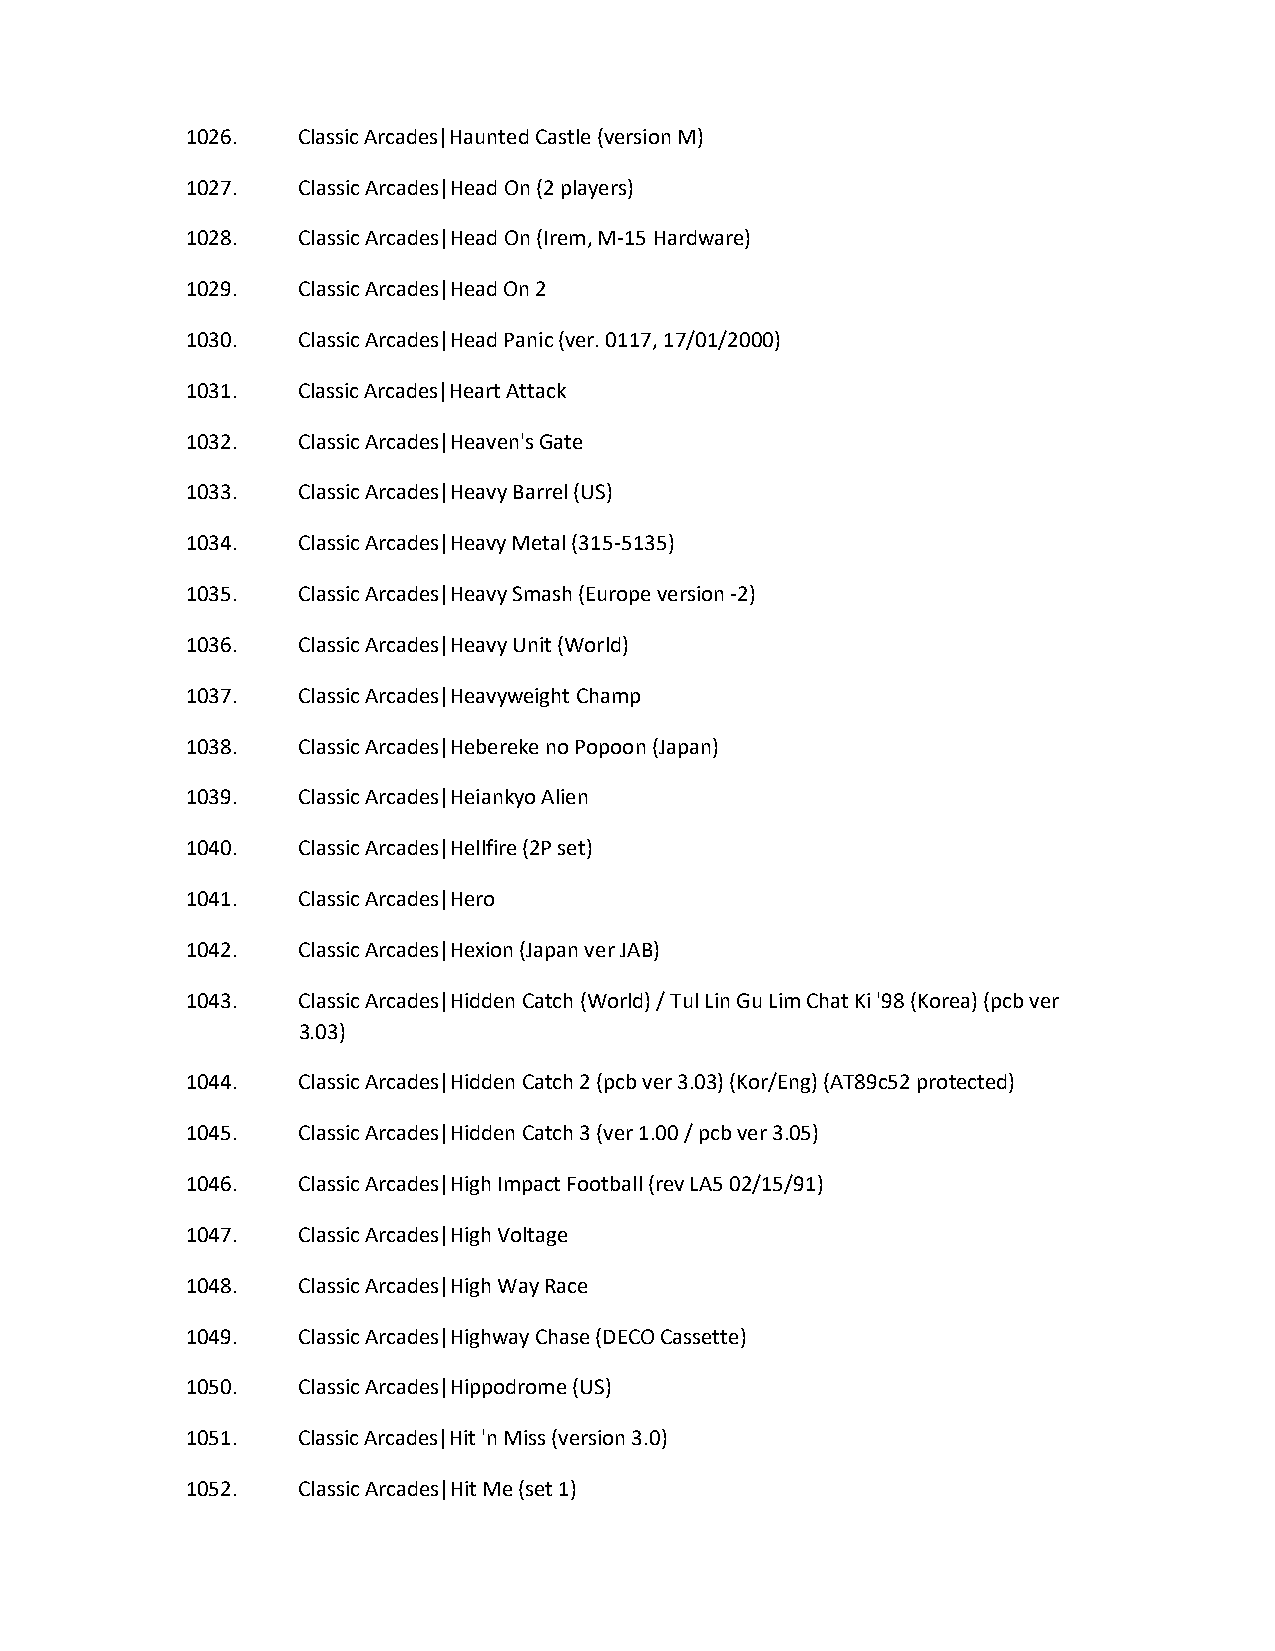
1026.   Classic Arcades|Haunted Castle (version M)
 1027.   Classic Arcades|Head On (2 players)
 1028.   Classic Arcades|Head On (Irem, M-15 Hardware)
 1029.   Classic Arcades|Head On 2
 1030.   Classic Arcades|Head Panic (ver. 0117, 17/01/2000)
 1031.   Classic Arcades|Heart Attack
 1032.   Classic Arcades|Heaven's Gate
 1033.   Classic Arcades|Heavy Barrel (US)
 1034.   Classic Arcades|Heavy Metal (315-5135)
 1035.   Classic Arcades|Heavy Smash (Europe version -2)
 1036.   Classic Arcades|Heavy Unit (World)
 1037.   Classic Arcades|Heavyweight Champ
 1038.   Classic Arcades|Hebereke no Popoon (Japan)
 1039.   Classic Arcades|Heiankyo Alien
 1040.   Classic Arcades|Hellfire (2P set)
 1041.   Classic Arcades|Hero
 1042.   Classic Arcades|Hexion (Japan ver JAB)
 1043.   Classic Arcades|Hidden Catch (World) / Tul Lin Gu Lim Chat Ki '98 (Korea) (pcb ver
 3.03)
 1044.   Classic Arcades|Hidden Catch 2 (pcb ver 3.03) (Kor/Eng) (AT89c52 protected)
 1045.   Classic Arcades|Hidden Catch 3 (ver 1.00 / pcb ver 3.05)
 1046.   Classic Arcades|High Impact Football (rev LA5 02/15/91)
 1047.   Classic Arcades|High Voltage
 1048.   Classic Arcades|High Way Race
 1049.   Classic Arcades|Highway Chase (DECO Cassette)
 1050.   Classic Arcades|Hippodrome (US)
 1051.   Classic Arcades|Hit 'n Miss (version 3.0)
 1052.   Classic Arcades|Hit Me (set 1)